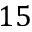
1 5